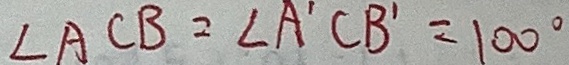
\angle A C B = \angle A ^ { \prime } C B ^ { \prime } = 1 0 0 ^ { \circ }